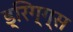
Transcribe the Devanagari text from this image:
ड्रिग्ग्स